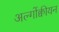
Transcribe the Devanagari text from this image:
अल्गोंक्वीयन